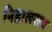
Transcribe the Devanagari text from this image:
निहालराय